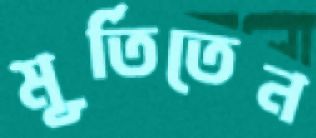
মূর্তিতেন